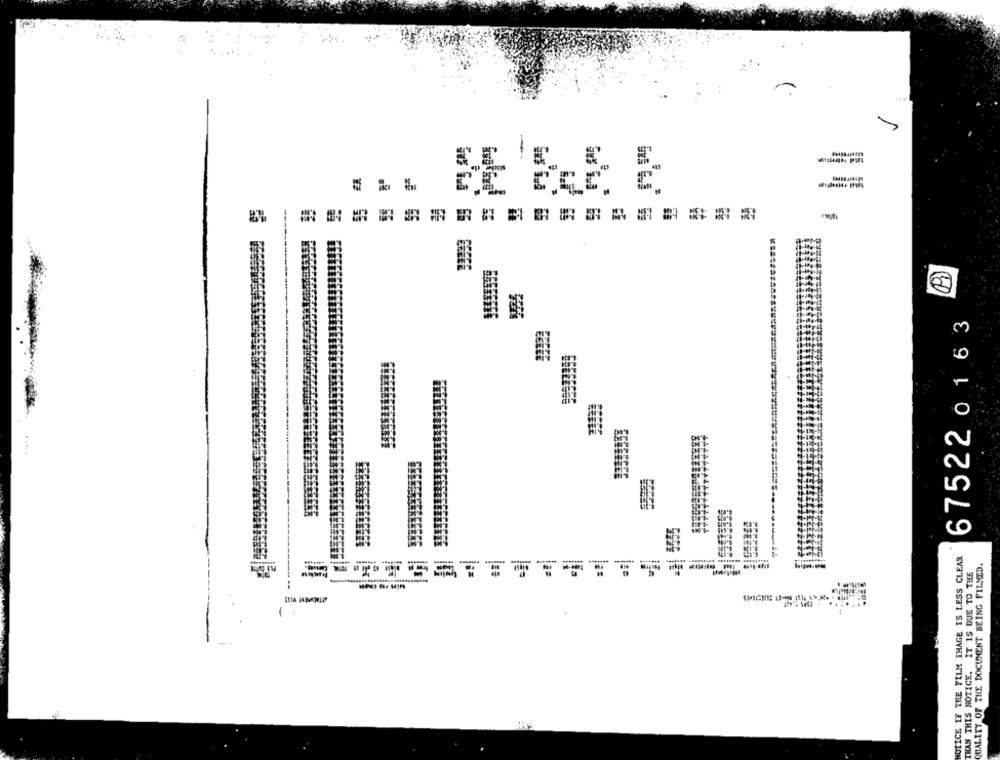
-
675220163
NOTICE IF THE FILM IMAGE IS LESS CLEAR
QUALITY OF THE DOCUMENT BEING FILMED.
THAN THIS NOTICE. IT IS DUE TO THE
:
1 :